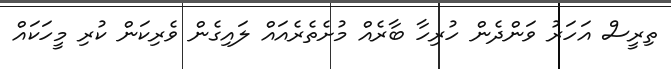
ތިރީސް އަހަރު ވަންދެން ހުރިހާ ބާރެއް މުށެތެރެއައް ލައިގެން ވެރިކަން ކުރި މީހަކައް